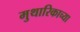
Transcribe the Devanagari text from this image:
मुथारिकाच्या